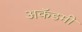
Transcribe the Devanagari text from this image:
अकॅडमी